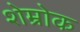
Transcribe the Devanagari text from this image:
शेम्रोक